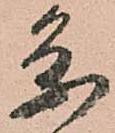
条